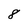
Character: 8